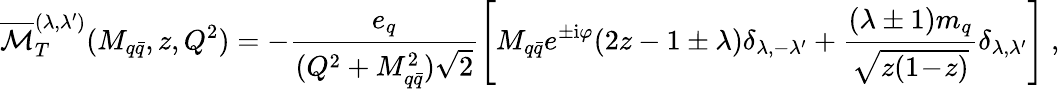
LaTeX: {\overline{{{\cal M}}}}_{T}^{({\lambda},{\lambda}^{\prime})}({M}_{q{\bar{q}}},z,Q^{2})=-\frac{{e}_{q}}{(Q^{2}+M_{q{\bar{q}}}^{2})\sqrt{2}}\left[M_{q{\bar{q}}}e^{\pm\mathrm{i}\varphi}(2z-1\pm{\lambda}){\delta}_{\lambda,-{\lambda}^{\prime}}+\frac{(\lambda\pm 1)m_{q}}{\sqrt{z(1\! -\! z)}}{\delta}_{\lambda,\lambda^{\prime}}\right]\ ,